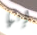
إنها